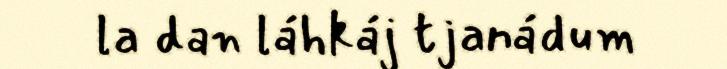
la dan láhkáj tjanádum